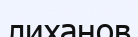
лиханов